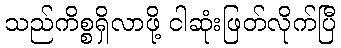
သည်ကိစ္စရှိလာဖို့ ငါဆုံးဖြတ်လိုက်ပြီ